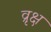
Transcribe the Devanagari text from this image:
व्रृक्ष